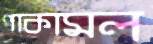
পাকামল